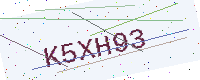
Text: K5XH93